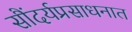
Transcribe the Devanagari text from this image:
सौंदर्यप्रसाधनात